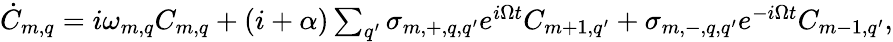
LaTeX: \begin{array}{r}{\dot{C}_{m,q}=i\omega_{m,q}C_{m,q}+(i+\alpha)\sum_{q^{\prime}}\sigma_{m,+,q,q^{\prime}}e^{i\Omega t}C_{m+1,q^{\prime}}+\sigma_{m,-,q,q^{\prime}}e^{-i\Omega t}C_{m-1,q^{\prime}},}\end{array}